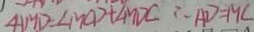
\angle H M D = \angle M C D + \angle M D C \therefore A D = M C